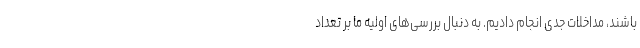
باشند، مداخلات جدی انجام دادیم. به دنبال بررسی‌های اولیه ما بر تعداد